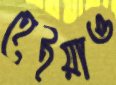
হেইয়াও